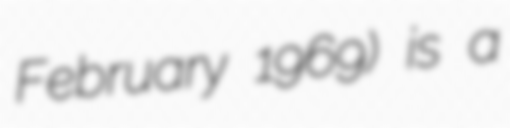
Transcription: February 1969) is a